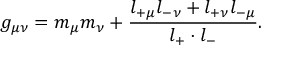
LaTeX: g _ { \mu \nu } = m _ { \mu } m _ { \nu } + \frac { l _ { + \mu } l _ { - \nu } + l _ { + \nu } l _ { - \mu } } { l _ { + } \cdot l _ { - } } .